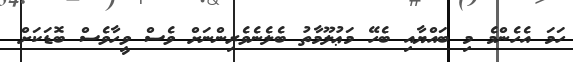
ހަމަ އެހެންމެ މި ބައްޔާއި ބެހޭ މަޢުލޫމާތު ބެލެނެވެރިންނަށް ވެސް ވީހާވެސް ބޮޑަކަށް